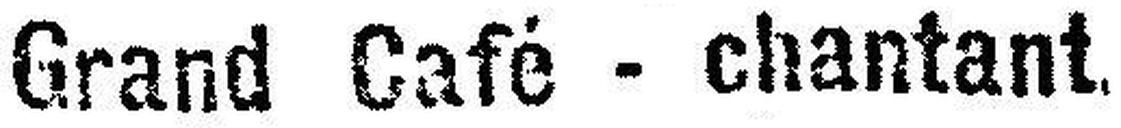
Grand Café - chantant.